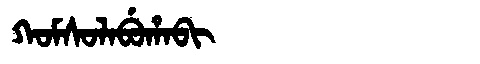
Manchu: ᡴᠣᠮᠰᠣᠯᠠᠪᡠᡥᠠᠪᡳ
Romanization: KOMSOLABUHABI